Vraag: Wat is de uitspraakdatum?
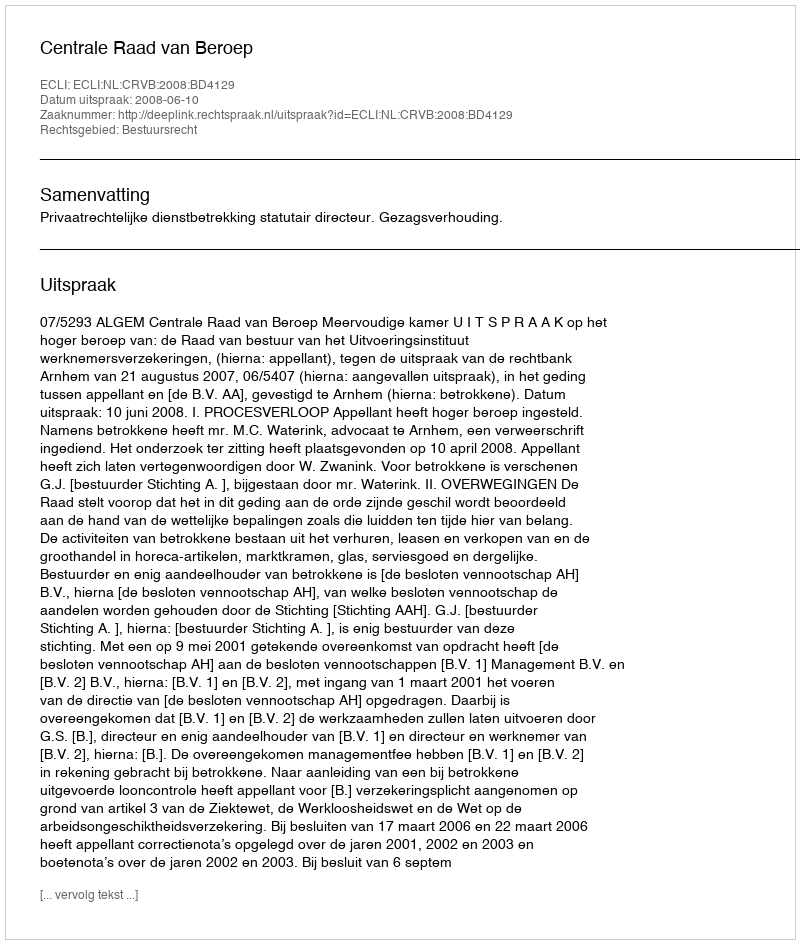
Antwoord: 2008-06-10